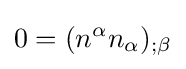
0=(n^{\alpha }n_{\alpha })_{;\beta }